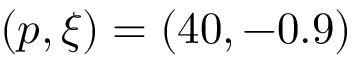
( p , \xi ) = ( 4 0 , - 0 . 9 )